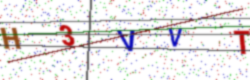
Text: H3VVT